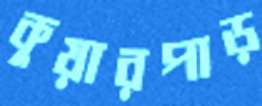
কুয়ারপাড়